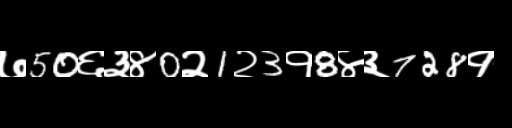
Text: ७50६३४0२1२3१8४३728१